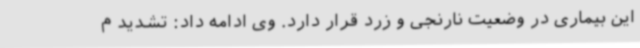
این بیماری در وضعیت نارنجی و زرد قرار دارد. وی ادامه داد: تشدید م